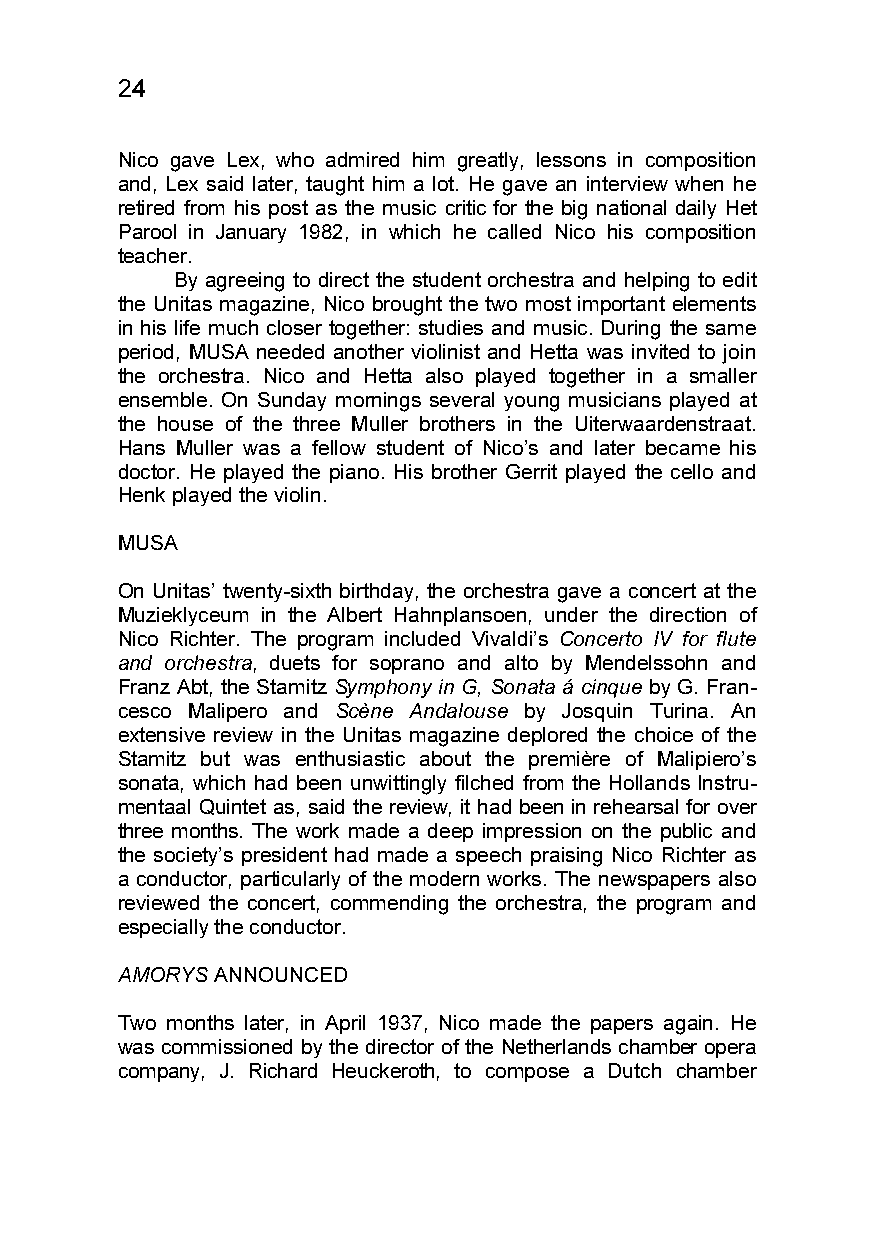
24
 Nico gave Lex, who admired him greatly, lessons in composition
 and, Lex said later, taught him a lot. He gave an interview when he
 retired from his post as the music critic for the big national daily Het
 Parool in January 1982, in which he called Nico his composition
 teacher.
 By agreeing to direct the student orchestra and helping to edit
 the Unitas magazine, Nico brought the two most important elements
 in his life much closer together: studies and music. During the same
 period, MUSA needed another violinist and Hetta was invited to join
 the orchestra. Nico and Hetta also played together in a smaller
 ensemble. On Sunday mornings several young musicians played at
 the house of the three Muller brothers in the Uiterwaardenstraat.
 Hans Muller was a fellow student of Nico’s and later became his
 doctor. He played the piano. His brother Gerrit played the cello and
 Henk played the violin.
 MUSA
 On Unitas’ twenty-sixth birthday, the orchestra gave a concert at the
 Muzieklyceum in the Albert Hahnplansoen, under the direction of
 Nico Richter. The program included Vivaldi’s Concerto IV for flute
 and orchestra, duets for soprano and alto by Mendelssohn and
 Franz Abt, the Stamitz Symphony in G, Sonata á cinque by G. Fran-
 cesco Malipero and Scène Andalouse by Josquin Turina. An
 extensive review in the Unitas magazine deplored the choice of the
 Stamitz but was enthusiastic about the première of Malipiero’s
 sonata, which had been unwittingly filched from the Hollands Instru-
 mentaal Quintet as, said the review, it had been in rehearsal for over
 three months. The work made a deep impression on the public and
 the society’s president had made a speech praising Nico Richter as
 a conductor, particularly of the modern works. The newspapers also
 reviewed the concert, commending the orchestra, the program and
 especially the conductor.
 AMORYS ANNOUNCED
 Two months later, in April 1937, Nico made the papers again. He
 was commissioned by the director of the Netherlands chamber opera
 company, J. Richard Heuckeroth, to compose a Dutch chamber